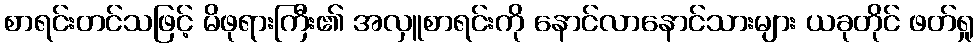
စာရင်းတင်သဖြင့် မိဖုရားကြီး၏ အလှူစာရင်းကို နောင်လာနောင်သားများ ယခုတိုင် ဖတ်ရှု